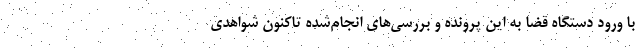
با ورود دستگاه قضا به این پرونده و بررسی‌های انجام‌شده تاکنون شواهدی